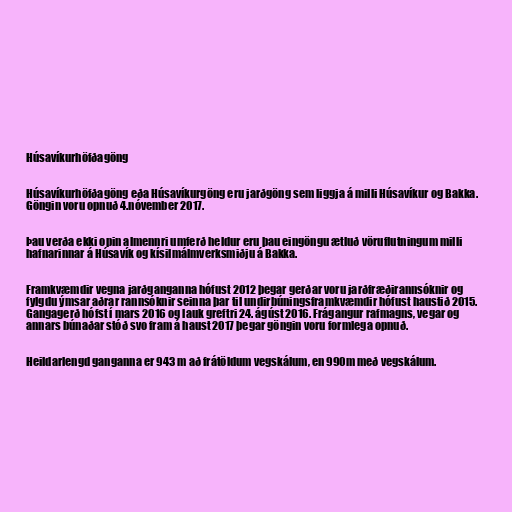
Húsavíkurhöfðagöng

Húsavíkurhöfðagöng eða Húsavíkurgöng eru jarðgöng sem liggja á milli Húsavíkur og Bakka.
Göngin voru opnuð 4.nóvember 2017.

Þau verða ekki opin almennri umferð heldur eru þau eingöngu ætluð vöruflutningum milli
hafnarinnar á Húsavík og kísilmálmverksmiðju á Bakka.

Framkvæmdir vegna jarðganganna hófust 2012 þegar gerðar voru jarðfræðirannsóknir og
fylgdu ýmsar aðrar rannsóknir seinna þar til undirbúningsframkvæmdir hófust haustið 2015.
Gangagerð hófst í mars 2016 og lauk greftri 24. ágúst 2016. Frágangur rafmagns, vegar og
annars búnaðar stóð svo fram á haust 2017 þegar göngin voru formlega opnuð.

Heildarlengd ganganna er 943 m að frátöldum vegskálum, en 990m með vegskálum.